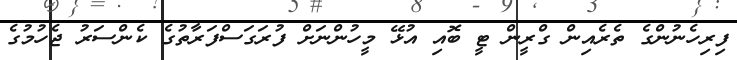
ފިރިހެނުންގެ ތެރެއިން ގްރީން ޓީ ބޮއި އުޅޭ މީހުންނަށް ފުރަގަސްފަރާތުގެ ކެންސަރު ޖެހުމުގެ